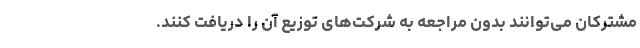
مشترکان می‌توانند بدون مراجعه به شرکت‌های توزیع آن را دریافت کنند.